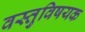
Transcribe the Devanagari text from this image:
वस्तुविषयक